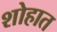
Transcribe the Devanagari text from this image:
शोहात